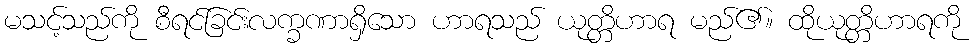
မသင့်သည်ကို စီရင်ခြင်းလက္ခဏာရှိသော ဟာရသည် ယုတ္တိဟာရ မည်၏။ ထိုယုတ္တိဟာရကို